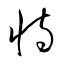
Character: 恃